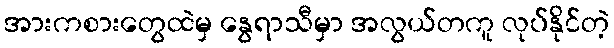
အားကစားတွေထဲမှ နွေရာသီမှာ အလွယ်တကူ လုပ်နိုင်တဲ့